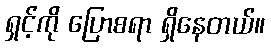
ရှင့်ကို ပြောစရာ ရှိနေတယ်။